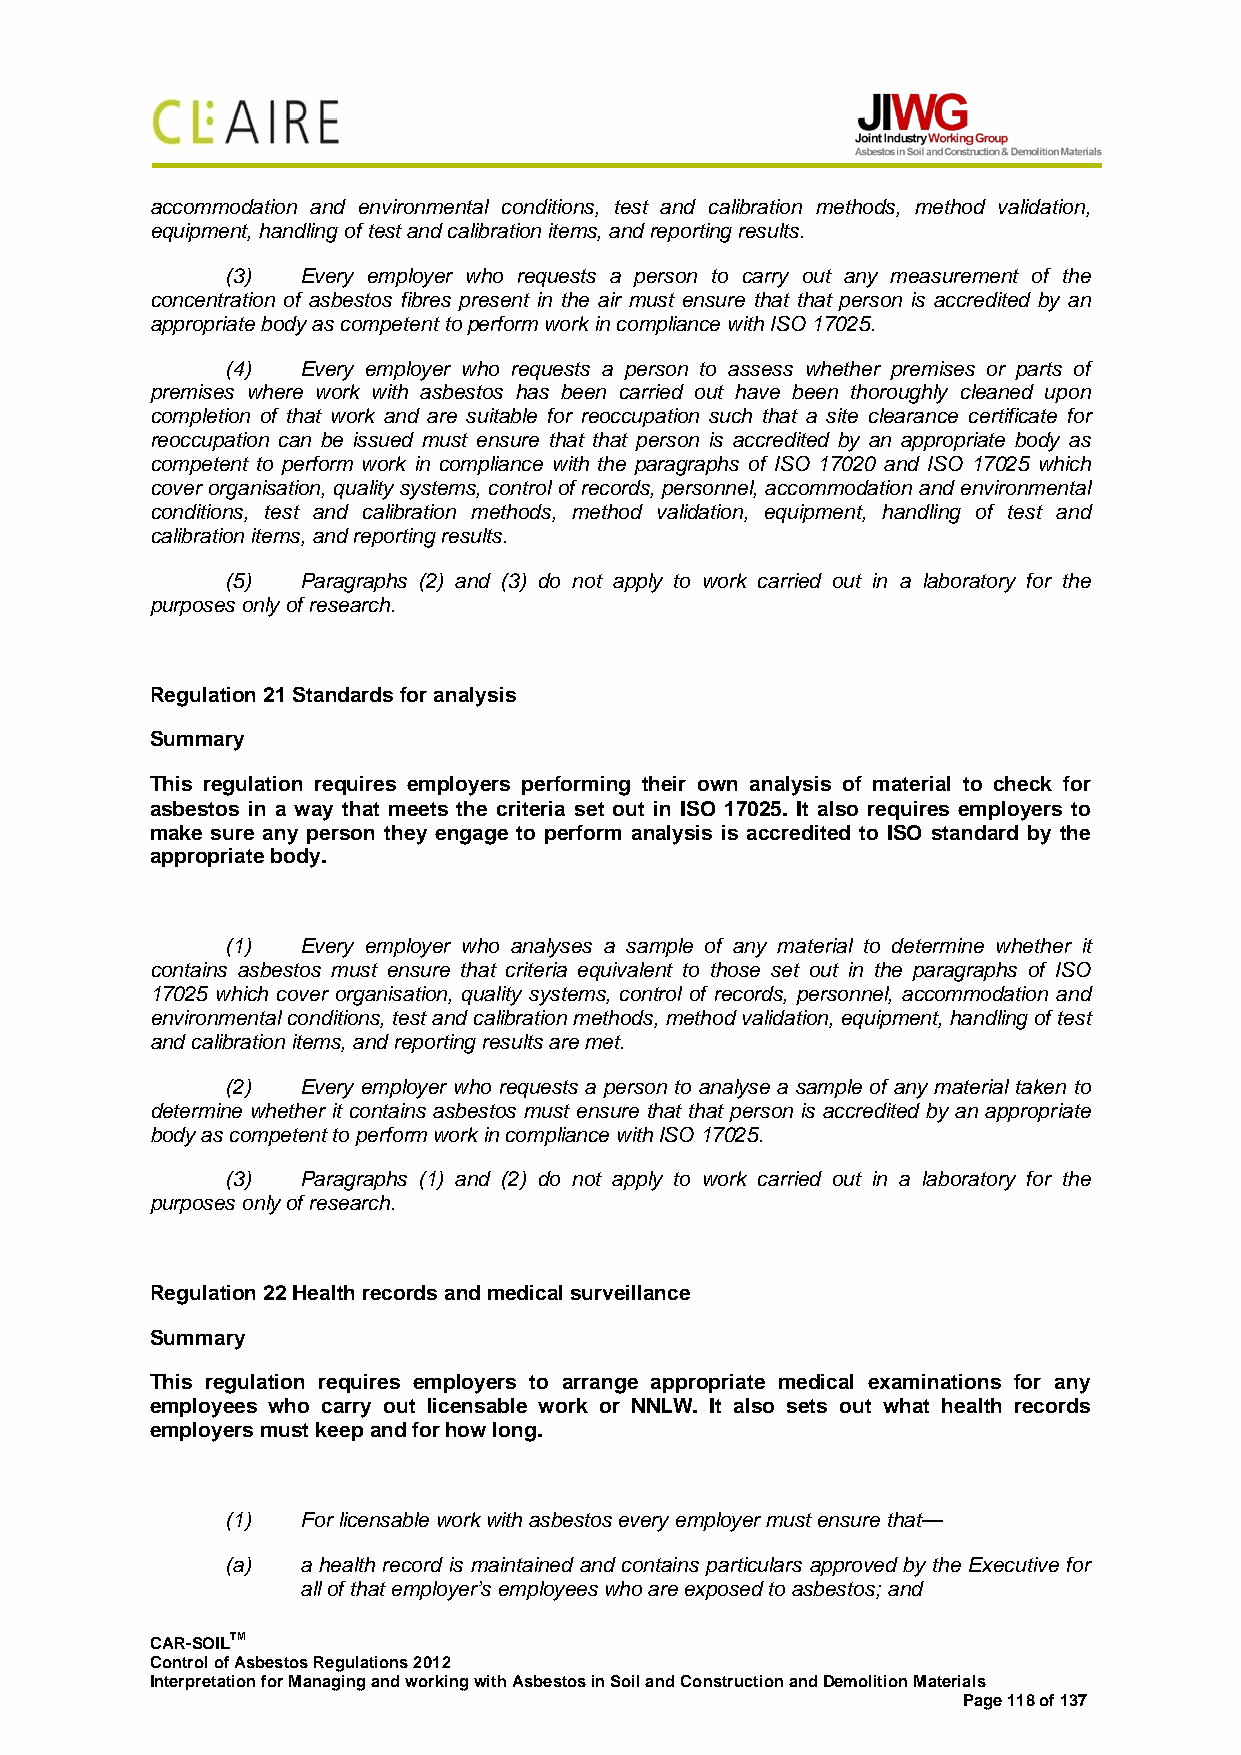
accommodation and environmental conditions, test and calibration methods, method validation,
 equipment, handling of test and calibration items, and reporting results.
 (3)  Every employer who requests a person to carry out any measurement of the
 concentration of asbestos fibres present in the air must ensure that that person is accredited by an
 appropriate body as competent to perform work in compliance with ISO 17025.
 (4)  Every employer who requests a person to assess whether premises or parts of
 premises where work with asbestos has been carried out have been thoroughly cleaned upon
 completion of that work and are suitable for reoccupation such that a site clearance certificate for
 reoccupation can be issued must ensure that that person is accredited by an appropriate body as
 competent to perform work in compliance with the paragraphs of ISO 17020 and ISO 17025 which
 cover organisation, quality systems, control of records, personnel, accommodation and environmental
 conditions, test and calibration methods, method validation, equipment, handling of test and
 calibration items, and reporting results.
 (5)  Paragraphs (2) and (3) do not apply to work carried out in a laboratory for the
 purposes only of research.
 Regulation 21 Standards for analysis
 Summary
 This regulation requires employers performing their own analysis of material to check for
 asbestos in a way that meets the criteria set out in ISO 17025. It also requires employers to
 make sure any person they engage to perform analysis is accredited to ISO standard by the
 appropriate body.
 (1)  Every employer who analyses a sample of any material to determine whether it
 contains asbestos must ensure that criteria equivalent to those set out in the paragraphs of ISO
 17025 which cover organisation, quality systems, control of records, personnel, accommodation and
 environmental conditions, test and calibration methods, method validation, equipment, handling of test
 and calibration items, and reporting results are met.
 (2)  Every employer who requests a person to analyse a sample of any material taken to
 determine whether it contains asbestos must ensure that that person is accredited by an appropriate
 body as competent to perform work in compliance with ISO 17025.
 (3)  Paragraphs (1) and (2) do not apply to work carried out in a laboratory for the
 purposes only of research.
 Regulation 22 Health records and medical surveillance
 Summary
 This regulation requires employers to arrange appropriate medical examinations for any
 employees who carry out licensable work or NNLW. It also sets out what health records
 employers must keep and for how long.
 (1)  For licensable work with asbestos every employer must ensure that—
 (a)  a health record is maintained and contains particulars approved by the Executive for
 all of that employer’s employees who are exposed to asbestos; and
 CAR-SOILTM
 Control of Asbestos Regulations 2012
 Interpretation for Managing and working with Asbestos in Soil and Construction and Demolition Materials
 Page 118 of 137